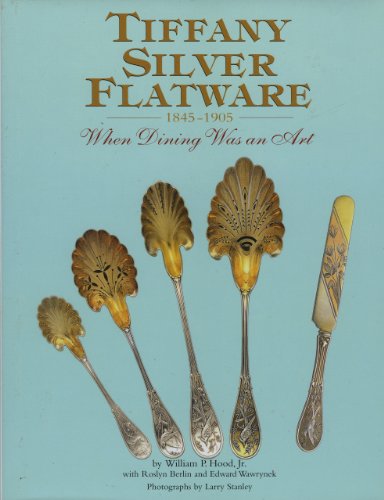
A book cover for Tiffany Silver Flatware 1845-1905, When Dining Was an Art; William P. Hood; Crafts, Hobbies & Home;